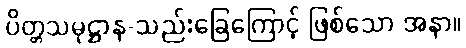
ပိတ္တသမုဋ္ဌာန-သည်းခြေကြောင့် ဖြစ်သော အနာ။